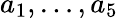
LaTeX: a_{1},\dots,a_{5}